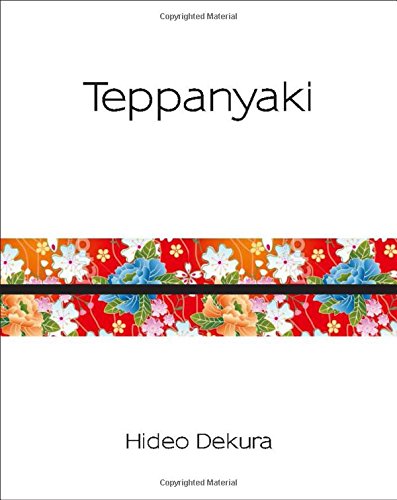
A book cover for Teppanyaki: Modern and Traditional Japanese Cuisine (Silk); Hideo Dekura; Cookbooks, Food & Wine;